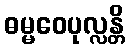
ဓမ္မဝေပုလ္လန္တိ